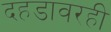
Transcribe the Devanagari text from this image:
दहडावरही